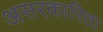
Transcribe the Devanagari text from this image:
असरकारिता